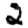
Digit: 2